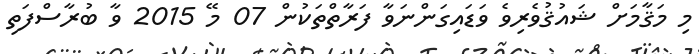
މި މަޤާމަށް ޝައުޤުވެރިވެ ވަޑައިގަންނަވާ ފަރާތްތަކުން 07 މޭ 2015 ވާ ބުރާސްފަތި